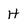
Character: H